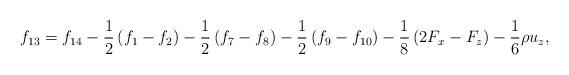
LaTeX: \begin{align*}{f_{13}} = {f_{14}} - \frac{1}{2}\left( {{f_1} - {f_2}} \right) - \frac{1}{2}\left( {{f_7} - {f_8}} \right) - \frac{1}{2}\left( {{f_9} - {f_{10}}} \right) - \frac{1}{8}\left( {2{F_x} - {F_z}} \right) - \frac{1}{6}\rho {u_z},\end{align*}